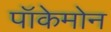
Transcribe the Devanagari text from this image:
पॉकेमोन